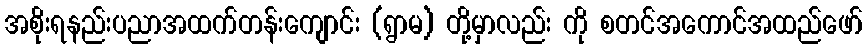
အစိုးရနည်းပညာအထက်တန်းကျောင်း (ရွာမ) တို့မှာလည်း ကို စတင်အကောင်အထည်ဖော်